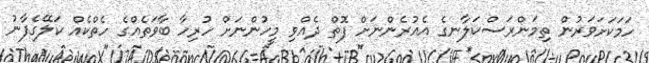
ހަމަކަށަވަރުން ތިމަންރަސްކަލާނގެ އެއުރެންނަށް ފޮތް ދެއްވި މީހުންނަށް ހުރިހާ ބާވަތެއްގެ ހެތްކެއް ކަލޭގެފާނު